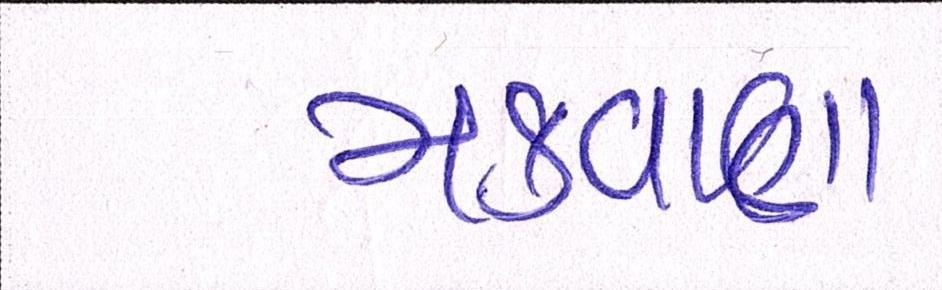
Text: મકવાણા